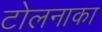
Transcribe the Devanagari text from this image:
टोलनाका